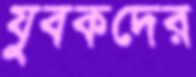
যুবকদের